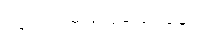
၂၀၀ပင်မပြည့်သေးချေ။